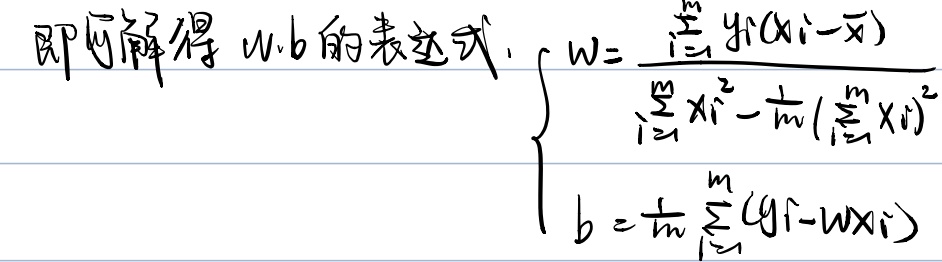
即可解得 \(w,b\)的表达式.
\[
\begin{cases}
w = \frac{\sum_{i = 1}^{m} y_{i}(x_{i}-\overline{x})}{\sum_{i = 1}^{m} x_{i}^{2}-\frac{1}{m}(\sum_{i = 1}^{m} x_{i})^{2}}\\
b = \frac{1}{m}\sum_{i = 1}^{m} (y_{i}-wx_{i})
\end{cases}
\]